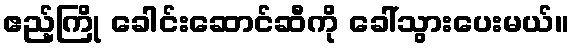
ဧည့်ကြို ခေါင်းဆောင်ဆီကို ခေါ်သွားပေးမယ်။